Problem: 72 ÷ 9 = ?
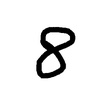
Handwritten answer: 8